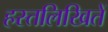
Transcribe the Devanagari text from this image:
हस्तलिखितें